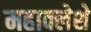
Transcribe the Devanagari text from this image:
महाक्लेशे